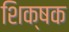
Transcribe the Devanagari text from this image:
शिक्षक